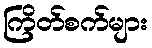
ကြိတ်စက်များ